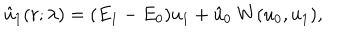
\hat { u } _ { 1 } ( r ; \lambda ) = ( E _ { 1 } - E _ { 0 } ) u _ { 1 } + \hat { u } _ { 0 } ~ W ( u _ { 0 } , u _ { 1 } ) ,